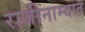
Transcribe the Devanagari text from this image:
राजीनाम्यात